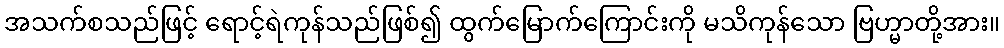
အသက်စသည်ဖြင့် ရောင့်ရဲကုန်သည်ဖြစ်၍ ထွက်မြောက်ကြောင်းကို မသိကုန်သော ဗြဟ္မာတို့အား။